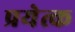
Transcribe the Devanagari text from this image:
प्रयेत्क